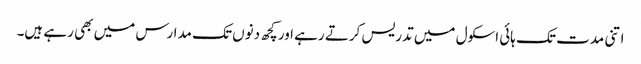
اتنی مدت تک ہائی اسکول میں تدریس کرتے رہے اور کچھ دنوں تک مدارس میں بھی رہے ہیں۔